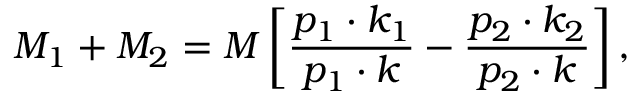
M _ { 1 } + M _ { 2 } = M \left[ \frac { p _ { 1 } \cdot k _ { 1 } } { p _ { 1 } \cdot k } - \frac { p _ { 2 } \cdot k _ { 2 } } { p _ { 2 } \cdot k } \right] ,